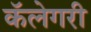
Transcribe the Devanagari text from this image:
कॅलेगरी